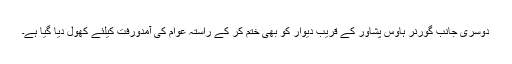
دوسری جانب گورنر ہاوس پشاور کے قریب دیوار کو بھی ختم کر کے راستہ عوام کی آمدورفت کیلئے کھول دیا گیا ہے۔